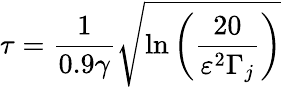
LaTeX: \tau=\frac{1}{0.9\gamma}\sqrt{\ln\left(\frac{20}{\varepsilon^{2}\Gamma_{j}}\right)}